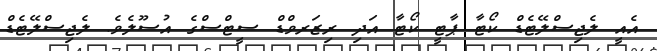
އެއީ ލެޖިސްލޭޓެޑް ކޯޓާ ޕާޓީ ކޯޓާ އަދި ރިޒަރވްޑް ސީޓްސްގެ އުސޫލެވެ. ލެޖިސްލޭޓެޑް